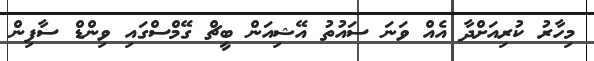
މިހާރު ކުރިއަށްދާ އެއް ވަނަ ސައުތު އޭޝިއަން ބީޗް ގޭމްސްގައި ވިންޑް ސާފިން